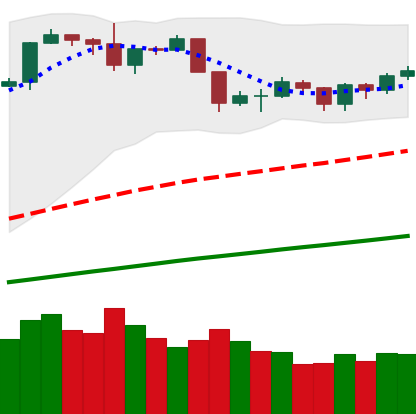
Ticker: BTC-USD
Chart end date: 2019-06-13
Forward return: 10.337%
Label: up_7plus